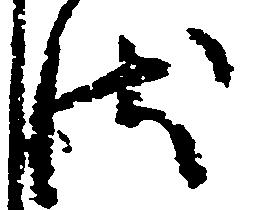
状